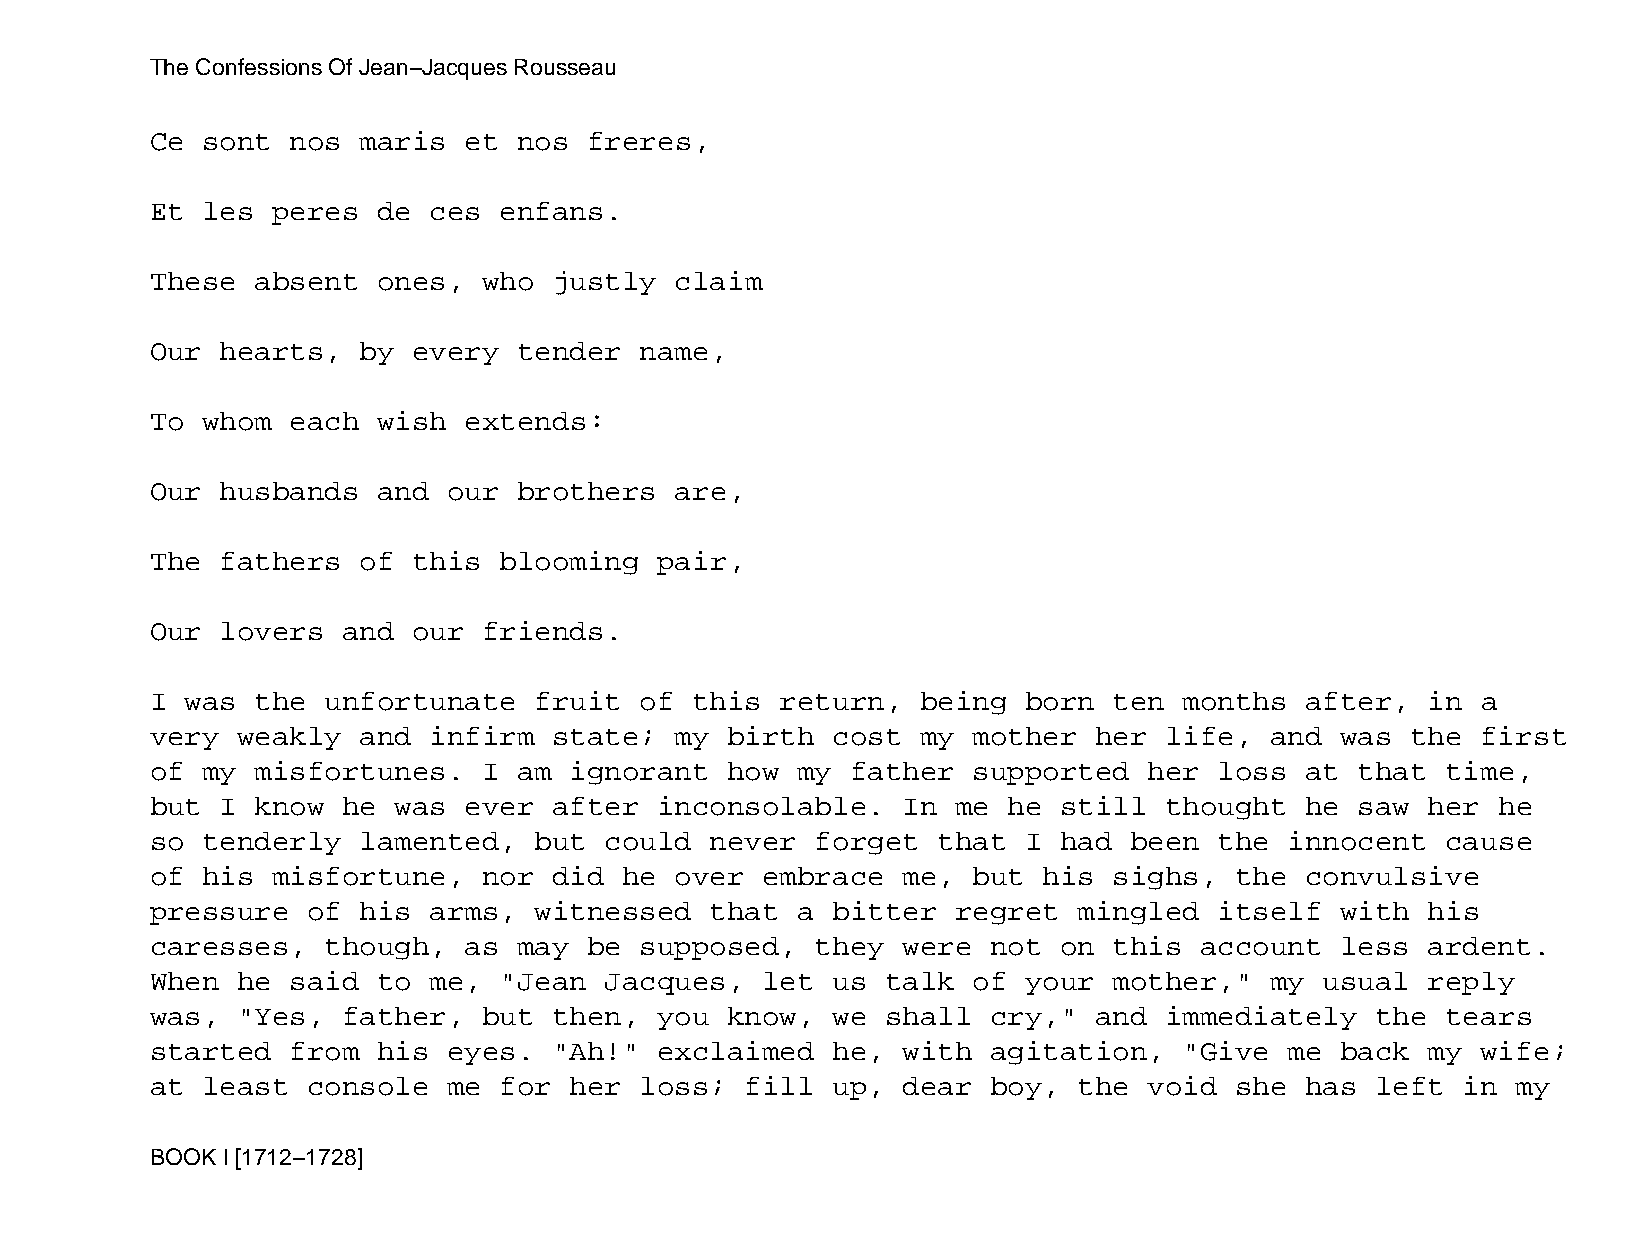
The Confessions Of Jean−Jacques Rousseau
 Ce sont  nos  maris  et nos  freres,
 Et les  peres  de ces  enfans.
 These  absent  ones,  who  justly  claim
 Our  hearts,  by every  tender  name,
 To whom  each  wish  extends:
 Our  husbands  and  our brothers   are,
 The  fathers  of this  blooming   pair,
 Our  lovers  and our  friends.
 I was  the  unfortunate  fruit  of  this  return,  being  born  ten months  after,   in a
 very  weakly  and infirm   state;  my birth  cost  my mother  her  life,  and  was the  first
 of my  misfortunes.   I am  ignorant  how  my father  supported   her  loss at  that  time,
 but  I know  he was  ever  after  inconsolable.   In me  he still  thought  he  saw  her he
 so tenderly   lamented,  but  could  never  forget  that  I had  been  the innocent   cause
 of his  misfortune,   nor  did he  over embrace   me, but  his  sighs,  the convulsive
 pressure  of  his arms,  witnessed   that  a bitter  regret  mingled   itself  with  his
 caresses,   though,  as may  be supposed,   they  were  not on  this account   less  ardent.
 When  he said  to me,  "Jean  Jacques,  let  us  talk of  your  mother,"  my  usual  reply
 was,  "Yes,  father,  but  then,  you know,  we  shall  cry," and  immediately   the  tears
 started  from  his  eyes.  "Ah!"  exclaimed  he,  with  agitation,  "Give  me  back  my wife;
 at least  console   me for  her loss;  fill  up,  dear  boy, the  void  she has  left  in my
 BOOK I [1712−1728]